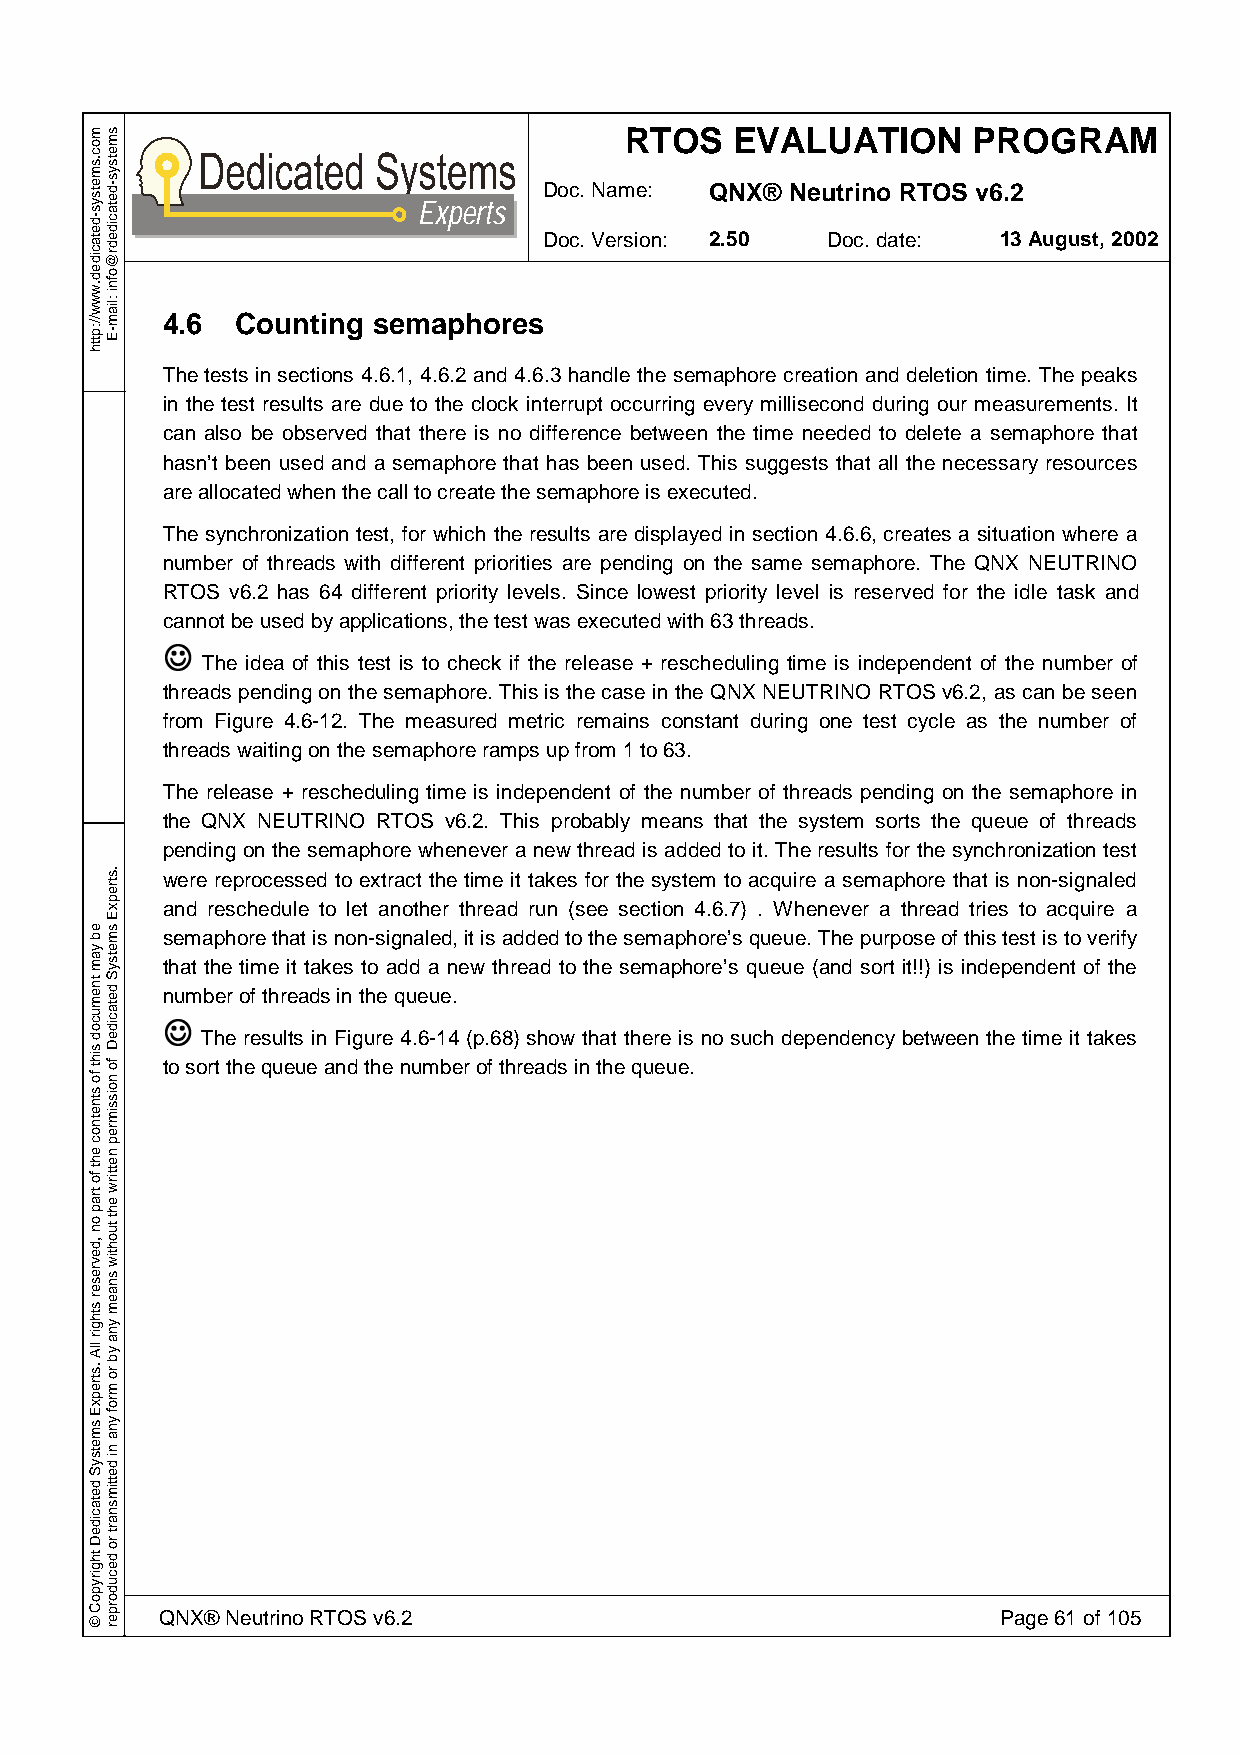
RTOS    EVALUATION     PROGRAM
 Doc. Name: QNX® Neutrino RTOS v6.2
 Experts
 Doc. Version: 2.50 Doc. date: 13 August, 2002
 4.6  Counting semaphores
 The tests in sections 4.6.1, 4.6.2 and 4.6.3 handle the semaphore creation and deletion time. The peaks
 in the test results are due to the clock interrupt occurring every millisecond during our measurements. It
 can also be observed that there is no difference between the time needed to delete a semaphore that
 hasn’t been used and a semaphore that has been used. This suggests that all the necessary resources
 are allocated when the call to create the semaphore is executed.
 The synchronization test, for which the results are displayed in section 4.6.6, creates a situation where a
 number of threads with different priorities are pending on the same semaphore. The QNX NEUTRINO
 RTOS v6.2 has 64 different priority levels. Since lowest priority level is reserved for the idle task and
 cJannot be used by applications, the test was executed with 63 threads.
 The idea of this test is to check if the release + rescheduling time is independent of the number of
 threads pending on the semaphore. This is the case in the QNX NEUTRINO RTOS v6.2, as can be seen
 from Figure 4.6-12. The measured metric remains constant during one test cycle as the number of
 threads waiting on the semaphore ramps up from 1 to 63.
 The release + rescheduling time is independent of the number of threads pending on the semaphore in
 the QNX NEUTRINO RTOS v6.2. This probably means that the system sorts the queue of threads
 pending on the semaphore whenever a new thread is added to it. The results for the synchronization test
 were reprocessed to extract the time it takes for the system to acquire a semaphore that is non-signaled
 and reschedule to let another thread run (see section 4.6.7) . Whenever a thread tries to acquire a
 semaphore that is non-signaled, it is added to the semaphore’s queue. The purpose of this test is to verify
 that the time it takes to add a new thread to the semaphore’s queue (and sort it!!) is independent of the
 nJumber of threads in the queue.
 The results in Figure 4.6-14 (p.68) show that there is no such dependency between the time it takes
 to sort the queue and the number of threads in the queue.
 QNX® Neutrino RTOS v6.2                                Page 61 of 105
 moc.smetsys-detacided.www//:ptth
 eb
 yam
 tnemucod
 siht
 fo
 stnetnoc
 eht
 fo
 trap
 on
 ,devreser
 sthgir
 llA
 .strepxE
 smetsyS
 detacideD
 thgirypoC
 ©
 smetsys-detacidedr@ofni
 :liam-E
 .strepxE
 smetsyS
 detacideD
 fo
 noissimrep
 nettirw
 eht
 tuohtiw
 snaem
 yna
 yb
 ro
 mrof
 yna
 ni
 dettimsnart
 ro
 decudorper